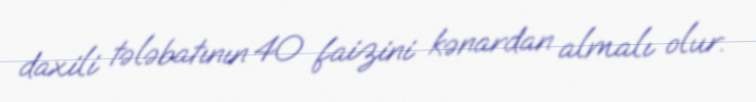
daxili tələbatının 40 faizini kənardan almalı olur.